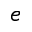
e